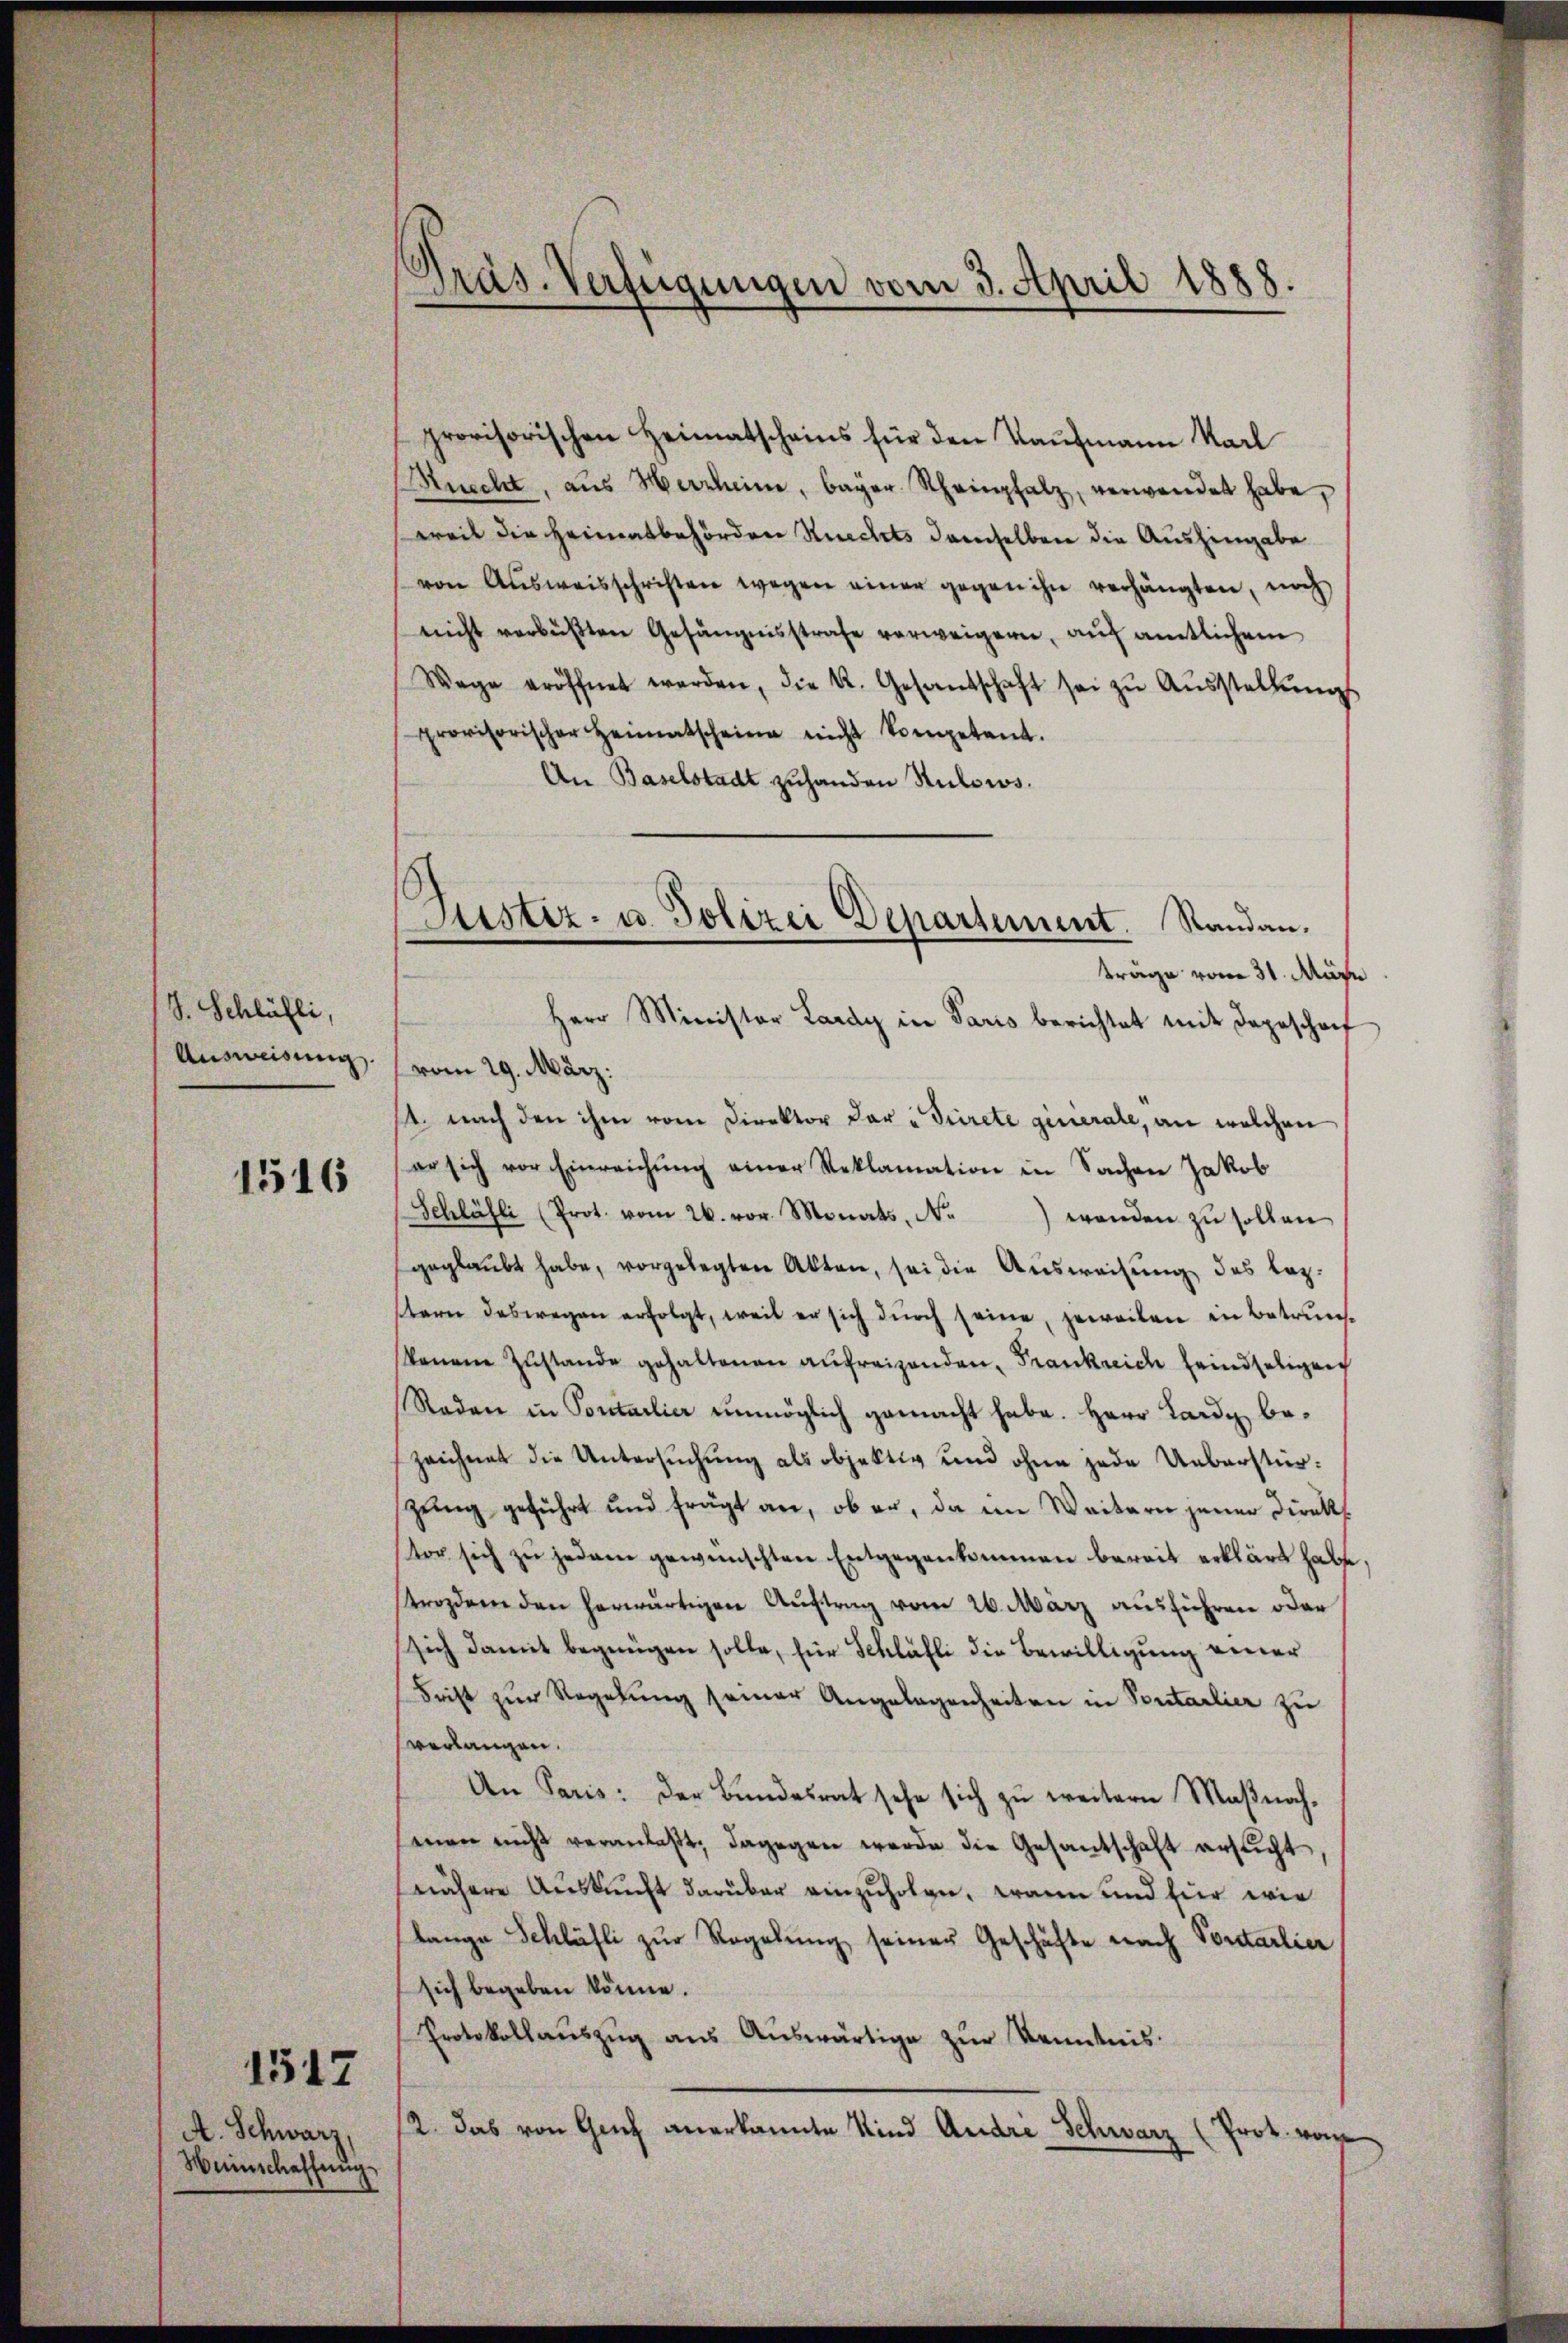
S. Schlüßli,
Ausweisung

1516

A. Schwarz,
Weinschaffung

1517

Präs. Verfügungen vom 3. April 1888.

6
Justiz- u. Polizei Departement. Standau.
Herr Minister Lardy in Paris berichtet mit dageschof

provisorischen Heimatscheins für den Kaufmann Karl
Ruecht, aŭs Herrheine, bayer Scheinpfalz, verwendet habe.
weit die Heimatbehörden Ruechts demselben die Aushingabe
von Aŭsweisschriften wegen einer gegen ihn verhängten, noch
nicht verbüßten Gefängnisstrafe verweigern, auf amtlichem
Wage eröffnet werden, die K. Gesandschaft sei zŭ Aŭsstellŭngs
provisorischer Heimatscheine nicht kompetent.
An Baselstadt zuhanden Stulows.
träge vom 31. Mär
vom 29. März:
st nach den ihm vom Direktor der „Drirete generale, an welchen
er sich vor Einreichŭng einer Reklamation in Sachen Jakob
Schläsli (Prot. vom 26. vor. Monats, No.) wenden zŭ sollen
geglaubt habe, vorgelegten Akten, sei die Ausweisung des leztern deswegen erfolgt, weil er sich dŭrch seine, jeweilen in Betrŭn-
kanene Zŭstande gehaltenen aufreizenden, Frankreich feindseligen
Raden in Pontarlier unmöglich gemacht habe. Herr Lardy be-
zeichnet die Untersuchung als objektiv und ohne jede Ueberstürzung geführt und frägt an, ob er, da im Weitern jener Direktor sich zu jedem gewünschten Entgegenkommen bereit erklärt habe
Ptrozdem den herwärtigen Auftrag vom 26. März ausführen oder
sich damit begnügen solle, für Schläfli die Bewilligung einer
Frist zur Regelung seiner Angelegenheiten in Sontarlier zu
verlangen.
An Paris: Der Bundesrat sehe sich zu weitern Maßnachsenen nicht veranlaßt, dagegen werde die Gesantschaft ersŭcht
nähere Auskunft darüber einzufolge, wann und für wie
lange Schläfli zur Regelung seiner Geschäfte nach Vortarlier
sich begeben könne.
Protokollaŭszŭg aŭs Aŭswärtige zŭr Kenntnis.
2. das von Geich anerkannte Kind Andre Schwarz (Prot. von